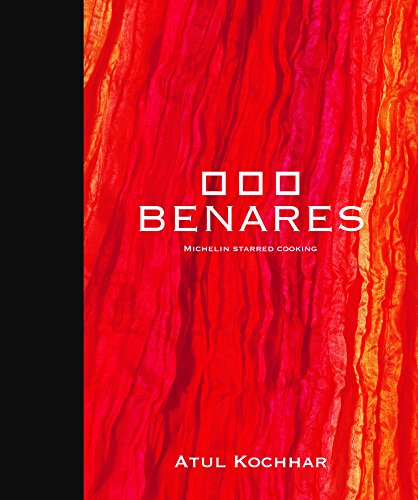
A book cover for Benares: Michelin Starred Cooking; Atul Kochhar; Cookbooks, Food & Wine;